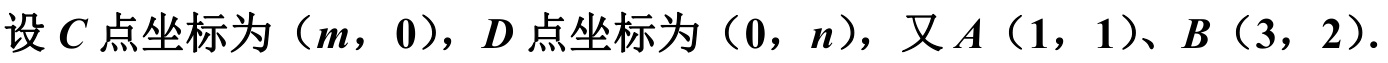
设\(C\)点坐标为\((m,0)\)，\(D\)点坐标为\((0,n)\)，又\(A(1,1)\)、\(B(3,2)\).